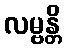
လမ္ဗန္တိ